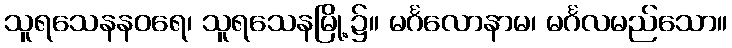
သူရသေနနဝရေ၊ သူရသေနမြို့၌။ မင်္ဂလောနာမ၊ မင်္ဂလမည်သော။